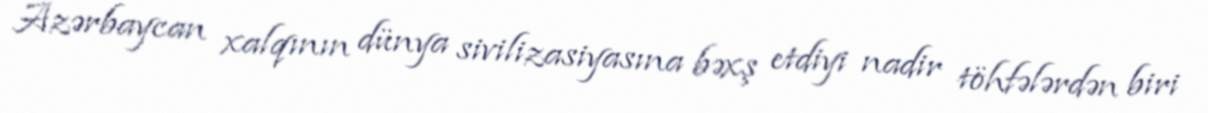
Azərbaycan xalqının dünya sivilizasiyasına bəxş etdiyi nadir töhfələrdən biri